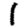
Digit: 1